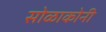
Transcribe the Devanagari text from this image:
सोळाकोनी